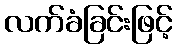
လက်ခံခြင်းဖြင့်